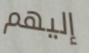
إليهم